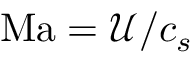
\mathrm { M a } = { \mathcal { U } } / { c _ { s } }